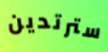
سترتدين